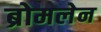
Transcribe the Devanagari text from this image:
ब्रोमलेन